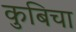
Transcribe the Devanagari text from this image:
कुबिचा